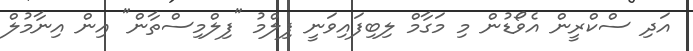
އަދި ސްކްރީން އެވޯޑުން މި މަގާމް ލިބިފައިވަނީ ފިލްމު "ފިލްމިސްތާން" އިން އިނާމުލް